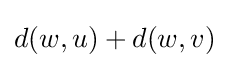
d(w,u)+d(w,v)